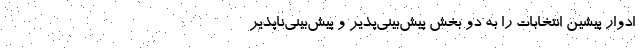
ادوار پیشین انتخابات را به دو بخش پیش‌بینی‌پذیر و پیش‌بینی‌ناپذیر